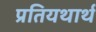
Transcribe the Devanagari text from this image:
प्रतियथार्थ